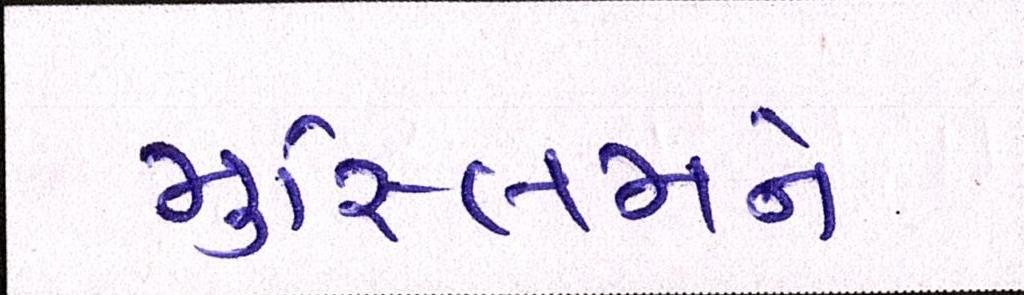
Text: મુસ્લિમને